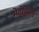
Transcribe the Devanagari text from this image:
भेटींवरून